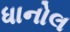
ધાનોલ